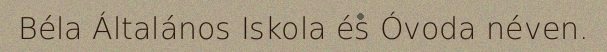
Béla Általános Iskola és Óvoda néven.